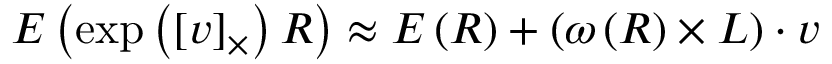
E \left( \exp \left( \left[ { \boldsymbol { v } } \right] _ { \times } \right) { \boldsymbol { R } } \right) \approx E \left( { \boldsymbol { R } } \right) + \left( { \boldsymbol { \omega } } \left( { \boldsymbol { R } } \right) \times { \boldsymbol { L } } \right) \cdot { \boldsymbol { v } }